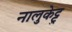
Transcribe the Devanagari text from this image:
नालुकेट्टु